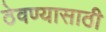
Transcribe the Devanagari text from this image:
ठेवण्‍यासाठी